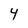
Character: 4